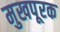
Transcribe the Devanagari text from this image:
मुखपूरक